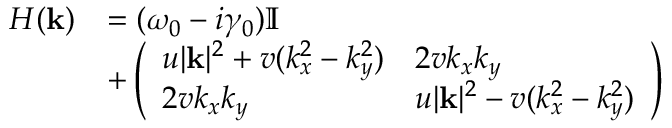
\begin{array} { r l } { H ( \mathbf { k } ) } & { = ( \omega _ { 0 } - i \gamma _ { 0 } ) \mathbb { I } } \\ & { + \left( \begin{array} { l l } { u | \mathbf { k } | ^ { 2 } + v ( k _ { x } ^ { 2 } - k _ { y } ^ { 2 } ) } & { 2 v k _ { x } k _ { y } } \\ { 2 v k _ { x } k _ { y } } & { u | \mathbf { k } | ^ { 2 } - v ( k _ { x } ^ { 2 } - k _ { y } ^ { 2 } ) } \end{array} \right) } \end{array}